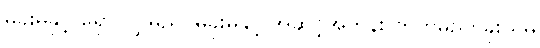
မခိုးမှုနှင့် ရှောင်လွှဲမည်၊ မခိုးမှုနှင့် အဆင့်အတန်း တက်မည်၊ ခိုးယူမှု